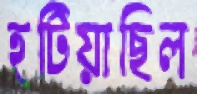
হটিয়াছিল